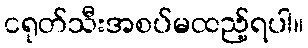
ငရုတ်သီးအစပ်မထည့်ရပါ။